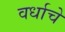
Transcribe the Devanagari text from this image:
वर्धाचे